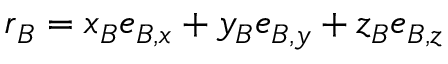
\boldsymbol { r } _ { B } = x _ { B } \boldsymbol { e } _ { B , x } + y _ { B } \boldsymbol { e } _ { B , y } + z _ { B } \boldsymbol { e } _ { B , z }